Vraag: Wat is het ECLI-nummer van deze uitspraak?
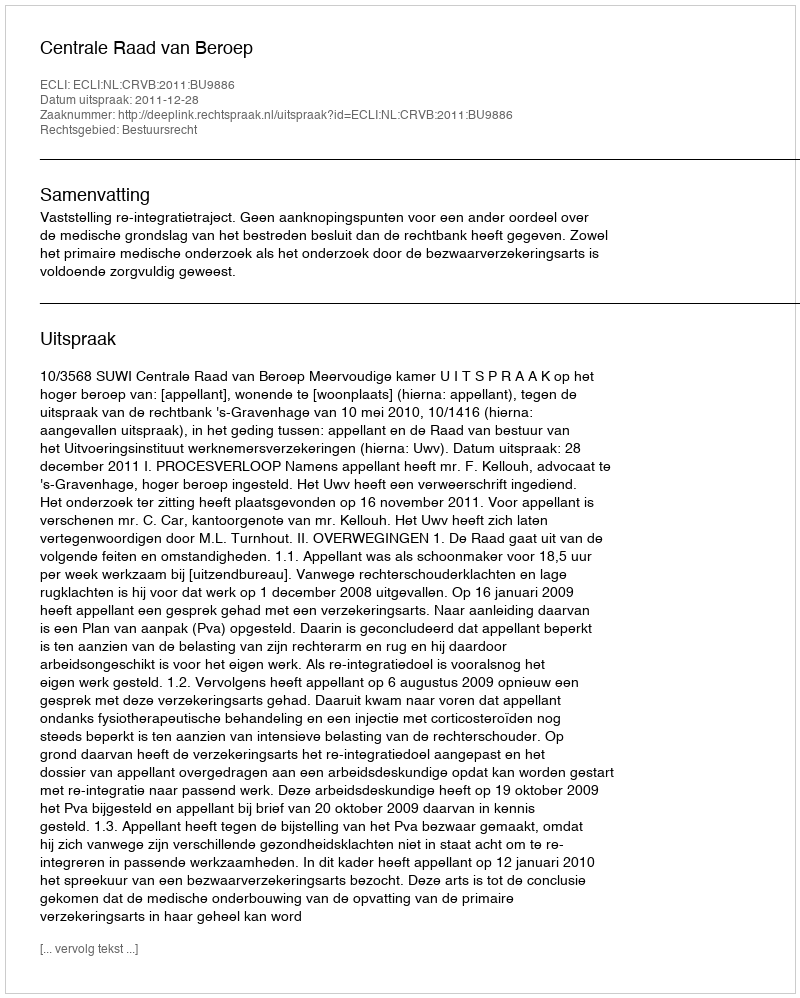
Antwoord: ECLI:NL:CRVB:2011:BU9886